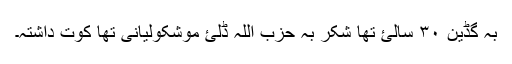
بہ گڈین ۳۰ سالئ تھا شکر بہ حزب اللہ ڈلئ موشکولیانی تھا کوت داشتہ۔